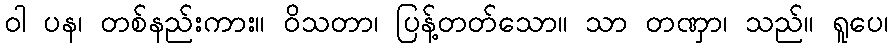
ဝါ ပန၊ တစ်နည်းကား။ ဝိသတာ၊ ပြန့်တတ်သော။ သာ တဏှာ၊ သည်။ ရူပေ၊